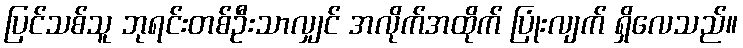
ပြင်သစ်သူ ဘုရင်းတစ်ဦးသာလျှင် အလိုက်အထိုက် ပြုံးလျက် ရှိလေသည်။